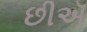
છીઍ